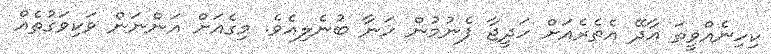
ކިހިނެއްވީތަ އާދޭ އެތެރެއަށް ހަދީޖާ ފެނުމުން ހަނާ ބުނެލިއެވެ. މިގެއަށް އަންނަން ވަކިވަގުތެއް